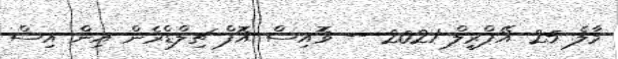
މާލެ 25 އޭޕްރީލް 2021 -- ވޮއިސް އޮފް ޗިލްޑްރެން އިން އިސް